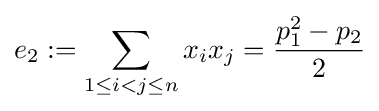
e_{2}:=\sum _{1\leq i<j\leq n}x_{i}x_{j}={\frac {p_{1}^{2}-p_{2}}{2}}